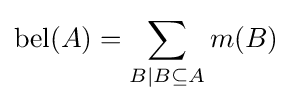
\operatorname {bel} (A)=\sum _{B\mid B\subseteq A}m(B)